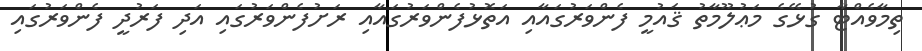
ތިމާވެއްޓާ ގުޅޭގެ މަޢުލޫމާތު ޤައުމީ ފެންވަރުގައާއި އަތޮޅުފެންވަރުގައާއި ރަށުފެންވަރުގައި އަދި ފަރުދީ ފެންވަރުގައި